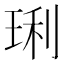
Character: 琍